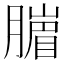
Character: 𦠙